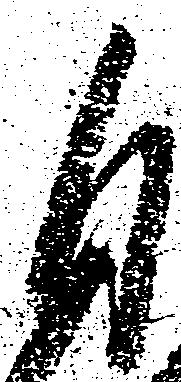
自